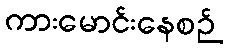
ကားမောင်းနေစဉ်